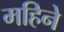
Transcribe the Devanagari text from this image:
महिनेे